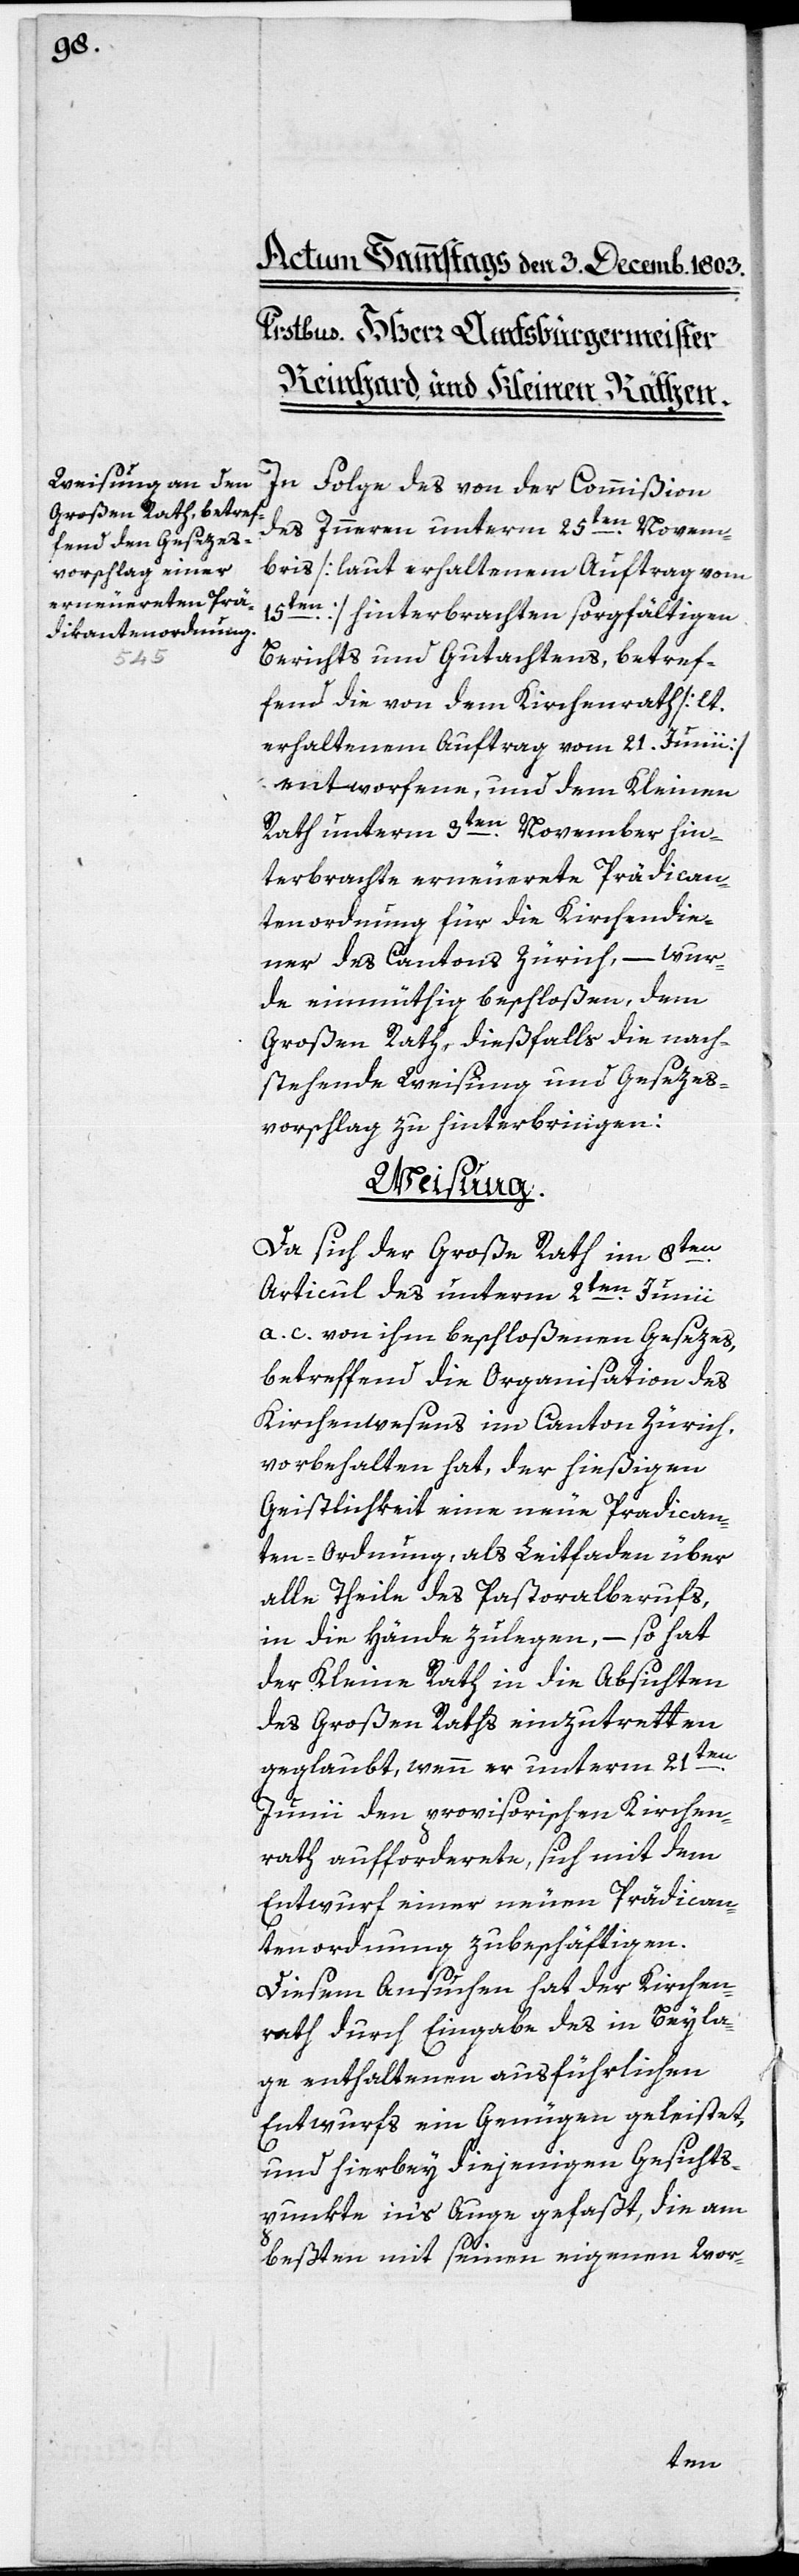
In Folge des von der Commißion
des Inneren unterm 25ten. Novem¬
bris [laut erhaltenem Auftrag vom
15ten] hinterbrachten sorgfältigen
Berichts und Gutachtens, betref¬
fend die von dem Kirchenrath [lt.
erhaltenem Auftrag vom 21. Junii]
entworfene, und dem Kleinen
Rath unterm 3ten. November hin¬
terbrachte erneuerte Prädican¬
tenordnung für die Kirchendie¬
ner des Cantons Zürich, – wur¬
de einmüthig beschloßen, dem
Großen Rath, dießfalls die nach¬
stehende Weisung und Gesezes¬
vorschlag zu hinterbringen:
Weisung.
Da sich der Große Rath im 8ten.
Articul des unterm 2ten. Junii
a. c. von ihm beschloßenen Gesezes,
betreffend die Organisation des
Kirchenwesens im Canton Zürich
vorbehalten hat, der hießigen
Geistlichkeit eine neue Prädican¬
ten-Ordnung, als Leitfaden über
alle Theile des Pastoralberufs,
in die Hände zulegen, – so hat
der Kleine Rath in die Absichten
der Großen Raths einzutretten
geglaubt, wenn er unterm 21ten.
Junii den provisorischen Kirchen¬
rath aufforderete, sich mit dem
Entwurf einer neuen Prädican¬
tenordnung zubeschäftigen.
Diesem Ansuchen hat der Kirchen¬
rath durch Eingabe des in Beyla¬
ge enthaltenen ausführlichen
Entwurfs ein Genügen geleistet,
und hierbey diejenigen Gesichts¬
punkte in‘s Auge gefaßt, die am
beßten mit seinen eigenen Wor-